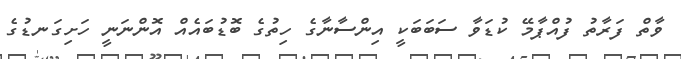
ވާތް ފަރާތު ފުއްޕާމޭ ކުޑަވާ ސަބަބަކީ އިންސާނާގެ ހިތުގެ ބޮޑުބައެއް އޮންނަނީ ހަށިގަނޑުގެ